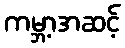
ကမ္ဘာ့အဆင့်